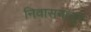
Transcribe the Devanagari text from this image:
निवासनालुर